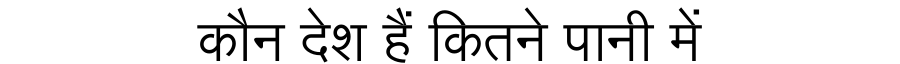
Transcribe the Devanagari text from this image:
कौन देश हैं कितने पानी में